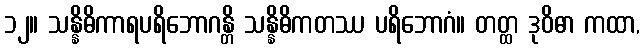
၁၂။ သန္နိဓိကာရပရိဘောဂန္တိ သန္နိဓိကတဿ ပရိဘောဂံ။ တတ္ထ ဒုဝိဓာ ကထာ,